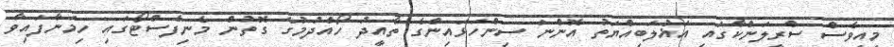
މިއީވެސް ސްރީލަންކާގައި އަޣުލަބިއްޔަތު އޮންނަ ސިންހަޅައިންގެ ތާއީދު ހޯއްދުމުގެ ގޮތުން މެނިފެސްޓޯގައި ހިމަނާފައިވާ